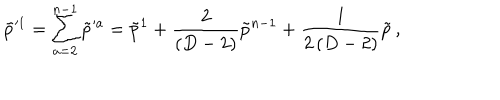
\tilde { p } ^ { \prime 1 } = \sum _ { a = 2 } ^ { n - 1 } \tilde { p } ^ { \prime a } = \tilde { p } ^ { 1 } + { \frac { 2 } { ( D - 2 ) } } \tilde { p } ^ { n - 1 } + { \frac { l } { 2 \, ( D - 2 ) } } \tilde { p } \, ,